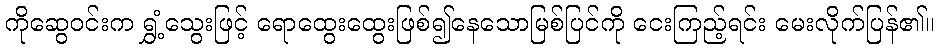
ကိုဆွေဝင်းက ရွှံ့သွေးဖြင့် ရောထွေးထွေးဖြစ်၍နေသောမြစ်ပြင်ကို ငေးကြည့်ရင်း မေးလိုက်ပြန်၏။